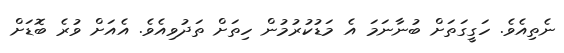
ނެތިއެވެ. ހަގީގަތަށް ބުނާނަމަ އެ މަޑުކުރުމުން ހިތަށް ތަދުވިއެވެ. އެއަށް ވުރެ ބޮޑަށް